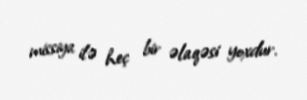
missiya ilə heç bir əlaqəsi yoxdur.